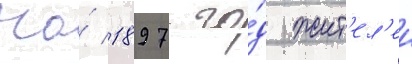
На́ 1897 го́д жит'ел'еи